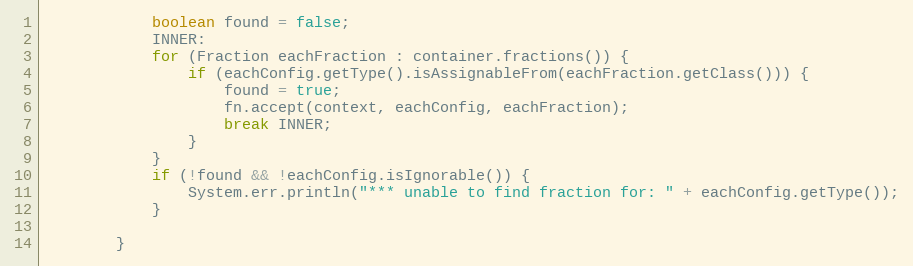
Language: Java
            boolean found = false;
            INNER:
            for (Fraction eachFraction : container.fractions()) {
                if (eachConfig.getType().isAssignableFrom(eachFraction.getClass())) {
                    found = true;
                    fn.accept(context, eachConfig, eachFraction);
                    break INNER;
                }
            }
            if (!found && !eachConfig.isIgnorable()) {
                System.err.println("*** unable to find fraction for: " + eachConfig.getType());
            }

        }